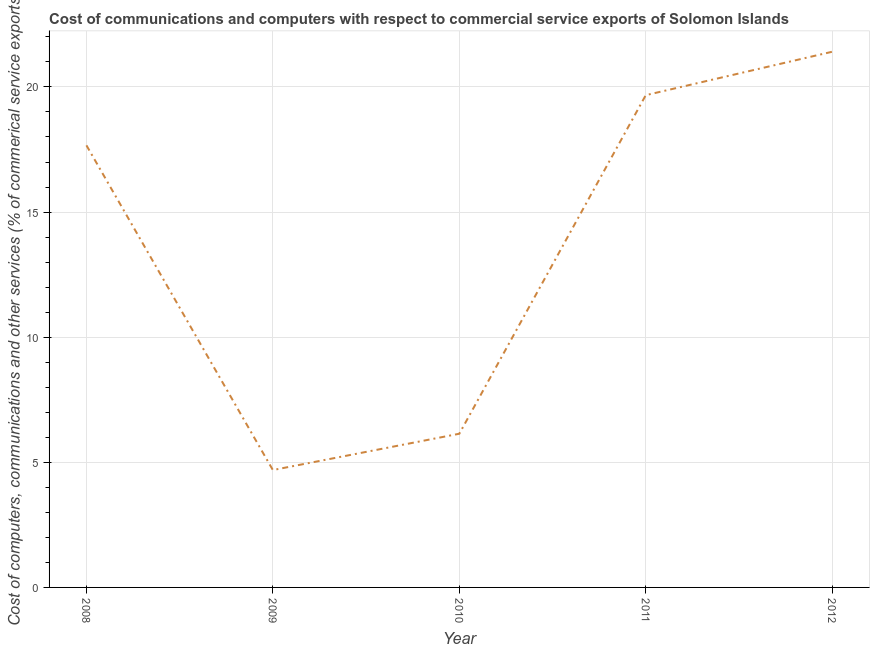
| Year | Computer |
 | --- | --- |
 | 2008 | 17.7 |
 | 2009 | 4.69 |
 | 2010 | 6.14 |
 | 2011 | 19.7 |
 | 2012 | 21.4 |